画像に写った文字を読んでください
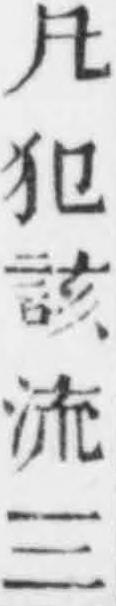
「凡犯該流三」と書いてあります